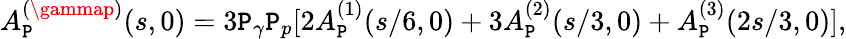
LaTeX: A_{\cal\mathtt{P}}^{(\gammap)}(s,0)=3\mathtt{P}_{\gamma}\mathtt{P}_{p}[2A_{\cal\mathtt{P}}^{(1)}(s/6,0)+3A_{\cal\mathtt{P}}^{(2)}(s/3,0)+A_{\cal\mathtt{P}}^{(3)}(2s/3,0)],